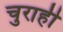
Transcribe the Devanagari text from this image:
चुराही